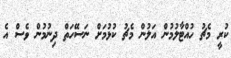
ކުރީ މެޗު ހުއްޓާލުމުން އަލުން މެޗު ކުޅުމަށް ނަސޭހަތް ދިނުމުން ވެސް އެ